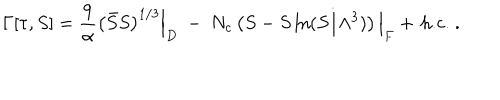
\Gamma [ \tau , S ] = { \frac { 9 } { \alpha } } \left( \bar { S } S \right) ^ { 1 / 3 } \Big | _ { D } ~ - ~ N _ { c } \left( S - S \ln ( S / \Lambda ^ { 3 } ) \right) \Big | _ { F } + \, \mathrm { h . c . } ~ .